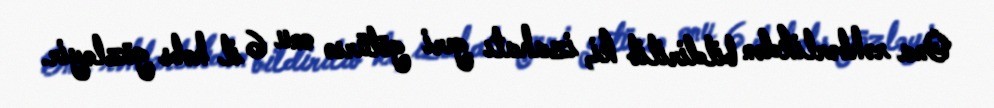
Ona rəhbərlikdən bildirilib ki, izahatı geri götürsə onu 6 il həbs gözləyir.